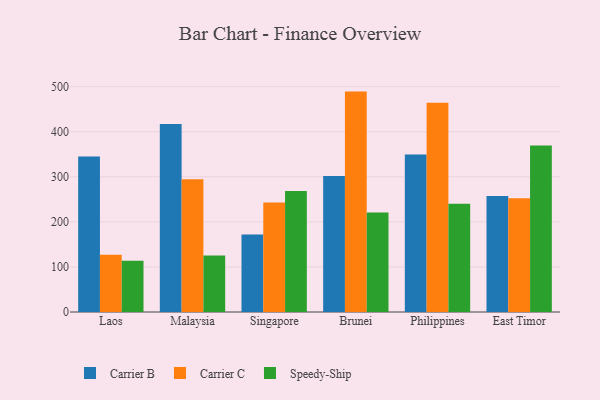
{"axis": {"x": "Country", "y": "Market Share (%)"}, "legend": ["Carrier B", "Carrier C", "Speedy-Ship"], "data": [{"x": "Laos", "y": 345.2, "type": "Carrier B"}, {"x": "Laos", "y": 127.2, "type": "Carrier C"}, {"x": "Laos", "y": 113.5, "type": "Speedy-Ship"}, {"x": "Malaysia", "y": 416.9, "type": "Carrier B"}, {"x": "Malaysia", "y": 294.3, "type": "Carrier C"}, {"x": "Malaysia", "y": 125.2, "type": "Speedy-Ship"}, {"x": "Singapore", "y": 172.0, "type": "Carrier B"}, {"x": "Singapore", "y": 243.1, "type": "Carrier C"}, {"x": "Singapore", "y": 268.7, "type": "Speedy-Ship"}, {"x": "Brunei", "y": 302.0, "type": "Carrier B"}, {"x": "Brunei", "y": 489.0, "type": "Carrier C"}, {"x": "Brunei", "y": 220.9, "type": "Speedy-Ship"}, {"x": "Philippines", "y": 349.2, "type": "Carrier B"}, {"x": "Philippines", "y": 464.4, "type": "Carrier C"}, {"x": "Philippines", "y": 240.3, "type": "Speedy-Ship"}, {"x": "East Timor", "y": 257.6, "type": "Carrier B"}, {"x": "East Timor", "y": 252.1, "type": "Carrier C"}, {"x": "East Timor", "y": 369.3, "type": "Speedy-Ship"}]}